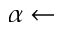
\alpha \gets